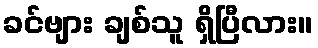
ခင်ဗျား ချစ်သူ ရှိပြီလား။